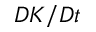
D K / D t